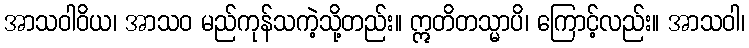
အာသဝါဝိယ၊ အာသဝ မည်ကုန်သကဲ့သို့တည်း။ ဣတိတသ္မာပိ၊ ကြောင့်လည်း။ အာသဝါ၊